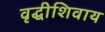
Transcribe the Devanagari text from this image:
वृद्धीशिवाय